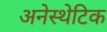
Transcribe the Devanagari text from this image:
अनेस्थेटिक